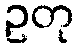
ဥတု